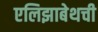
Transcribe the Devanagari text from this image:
एलिझाबेथची